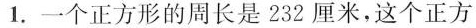
1.一个正方形的周长是232厘米，这个正方